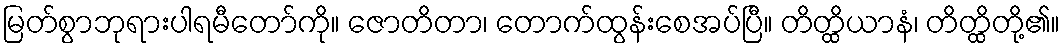
မြတ်စွာဘုရားပါရမီတော်ကို။ ဇောတိတာ၊ တောက်ထွန်းစေအပ်ပြီ။ တိတ္ထိယာနံ၊ တိတ္ထိတို့၏။